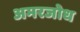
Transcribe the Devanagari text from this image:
अमरजोध